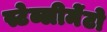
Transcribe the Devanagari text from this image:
स्टेब्लीमेंटो